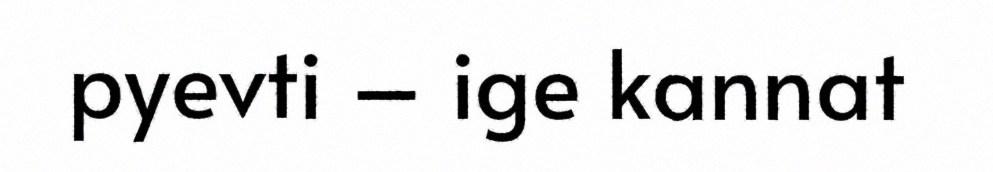
pyevti – ige kannat